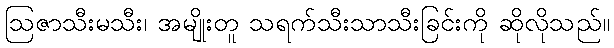
ဩဇာသီးမသီး၊ အမျိုးတူ သရက်သီးသာသီးခြင်းကို ဆိုလိုသည်။